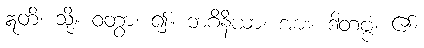
ဣတိ၊ သို့။ ဝတွာ၊ ၍။ ဘဂိနိယာ၊ အား။ ဒါတဗ္ဗံ၊ ၏။